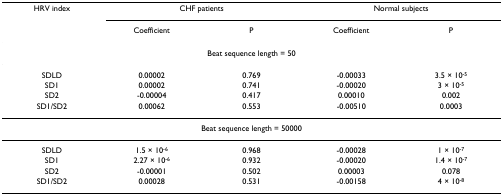
<table><thead><tr><td><b>HRV index</b></td><td colspan="2"><b>CHF patients</b></td><td colspan="2"><b>Normal subjects</b></td></tr><tr><td></td><td><b>Coefficient</b></td><td><b>P</b></td><td><b>Coefficient</b></td><td><b>P</b></td></tr></thead><tbody><tr><td colspan="5">Beat sequence length = 50</td></tr><tr><td>SDLD</td><td>0.00002</td><td>0.769</td><td>-0.00033</td><td>3.5 × 10<sup>-5</sup></td></tr><tr><td>SD1</td><td>0.00002</td><td>0.741</td><td>-0.00020</td><td>3 × 10<sup>-5</sup></td></tr><tr><td>SD2</td><td>-0.00004</td><td>0.417</td><td>0.00010</td><td>0.002</td></tr><tr><td>SD1/SD2</td><td>0.00062</td><td>0.553</td><td>-0.00510</td><td>0.0003</td></tr><tr><td colspan="5">Beat sequence length = 50000</td></tr><tr><td>SDLD</td><td>1.5 × 10<sup>-6</sup></td><td>0.968</td><td>-0.00028</td><td>1 × 10<sup>-7</sup></td></tr><tr><td>SD1</td><td>2.27 × 10<sup>-6</sup></td><td>0.932</td><td>-0.00020</td><td>1.4 × 10<sup>-7</sup></td></tr><tr><td>SD2</td><td>-0.00001</td><td>0.502</td><td>0.00003</td><td>0.078</td></tr><tr><td>SD1/SD2</td><td>0.00028</td><td>0.531</td><td>-0.00158</td><td>4 × 10<sup>-8</sup></td></tr></tbody></table>